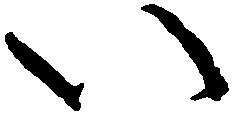
い